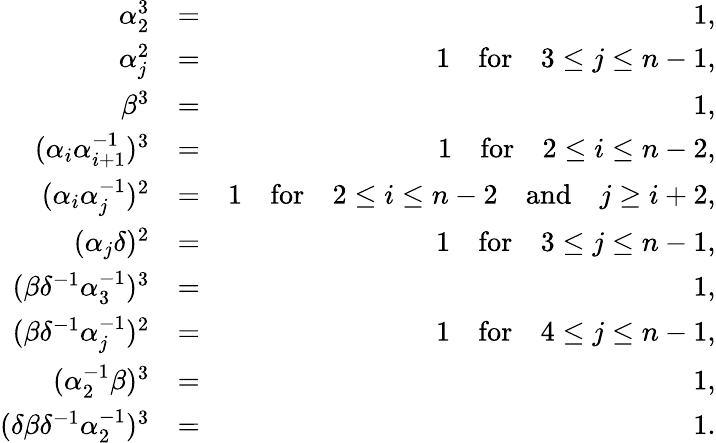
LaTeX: \begin{array}{rlr}{\alpha_{2}^{3}}&{=}&{1,}\\ {\alpha_{j}^{2}}&{=}&{1\quad\textrm{for}\quad 3\leq j\leq n-1,}\\ {\beta^{3}}&{=}&{1,}\\ {(\alpha_{i}\alpha_{i+1}^{-1})^{3}}&{=}&{1\quad\textrm{for}\quad 2\leq i\leq n-2,}\\ {(\alpha_{i}\alpha_{j}^{-1})^{2}}&{=}&{1\quad\textrm{for}\quad 2\leq i\leq n-2\quad\mathrm{and}\quad j\geq i+2,}\\ {(\alpha_{j}\delta)^{2}}&{=}&{1\quad\textrm{for}\quad 3\leq j\leq n-1,}\\ {(\beta\delta^{-1}\alpha_{3}^{-1})^{3}}&{=}&{1,}\\ {(\beta\delta^{-1}\alpha_{j}^{-1})^{2}}&{=}&{1\quad\textrm{for}\quad 4\leq j\leq n-1,}\\ {(\alpha_{2}^{-1}\beta)^{3}}&{=}&{1,}\\ {(\delta\beta\delta^{-1}\alpha_{2}^{-1})^{3}}&{=}&{1.}\end{array}